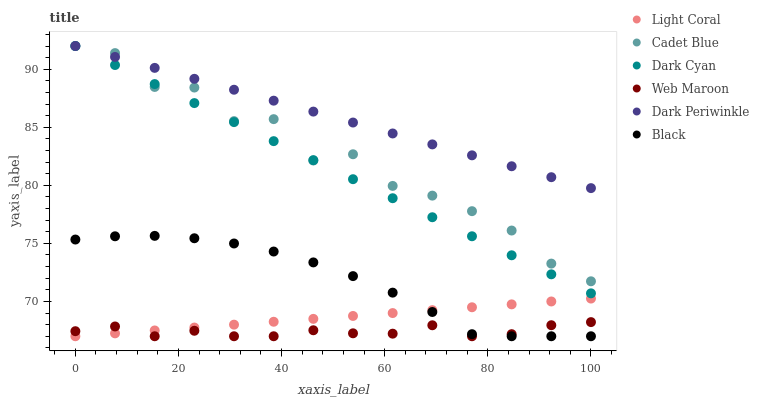
| xaxis_label | Light Coral | Cadet Blue | Dark Cyan | Web Maroon | Dark Periwinkle | Black |
 | --- | --- | --- | --- | --- | --- | --- |
 | 0 | 67 | 92 | 92 | 67.4 | 92 | 75.3 |
 | 7.69 | 67.2 | 91.4 | 90.4 | 67.8 | 91.1 | 75.6 |
 | 15.4 | 67.5 | 88.5 | 88.7 | 67 | 90.1 | 75.6 |
 | 23.1 | 67.7 | 88.4 | 87.1 | 67.5 | 89.2 | 75.4 |
 | 30.8 | 68 | 85.5 | 85.4 | 67 | 88.2 | 75 |
 | 38.5 | 68.2 | 85.7 | 83.8 | 67 | 87.3 | 74.3 |
 | 46.2 | 68.5 | 82.1 | 82.2 | 67.5 | 86.4 | 73.4 |
 | 53.8 | 68.7 | 82.7 | 80.5 | 67.3 | 85.4 | 72.2 |
 | 61.5 | 69 | 79.9 | 78.9 | 67.2 | 84.5 | 70.8 |
 | 69.2 | 69.2 | 79.1 | 77.3 | 67.9 | 83.5 | 69.1 |
 | 76.9 | 69.5 | 77.8 | 75.6 | 67 | 82.6 | 67.2 |
 | 84.6 | 69.7 | 76.1 | 74 | 67.2 | 81.6 | 67 |
 | 92.3 | 70 | 73.3 | 72.3 | 68 | 80.7 | 67 |
 | 100 | 70.2 | 71.7 | 70.7 | 68.2 | 79.8 | 67 |